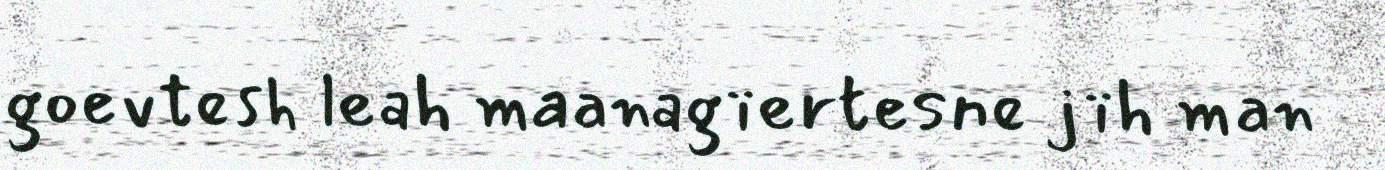
goevtesh leah maanagïertesne jïh man